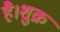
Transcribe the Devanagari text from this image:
है।शुक्र